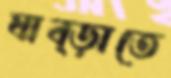
ঘাব্‌ড়াতে